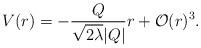
LaTeX: \begin{align*}V(r)= - \frac{Q}{\sqrt{2 \lambda} |Q|} r + {\cal{O}}(r)^3 .\end{align*}